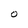
Character: O